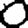
Digit: 0